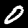
Digit: 0